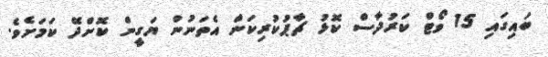
ބައިގައި 15 ވޯޓް ކަރުދާސް ކޮޅު ޗާޕުކުރިކަން އެތަނުން ޔަގީން ކޮށްދޭ ކަމަށެވެ.